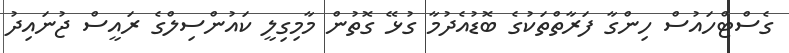
ގެސްޓްހައުސް ހިންގާ ފަރާތްތަކުގެ ބޮޑުއެދުމާ ގުޅޭ ގޮތުން މާމިގިލީ ކައުންސިލްގެ ރައީސް ޖުނައިދު